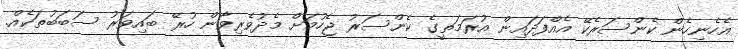
އެހެނިހެން ކެންސަރެކޭ އެއްފަދައިން އުރަމަތީގެ ކެންސަރު ޖެހުމަށް މެދުވެރިވާން ހުރޭ ބައިވަރު ސަބަބުތަކެއް.